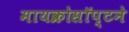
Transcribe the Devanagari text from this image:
मायक्रोसॉप्टने